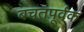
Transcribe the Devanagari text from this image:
बचतपूर्वक